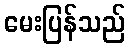
မေးပြန်သည်